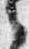
之